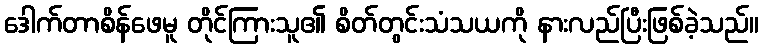
ဒေါက်တာစိန်ဖေမူ တိုင်ကြားသူ၏ စိတ်တွင်းသံသယကို နားလည်ပြီးဖြစ်ခဲ့သည်။